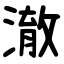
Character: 澈